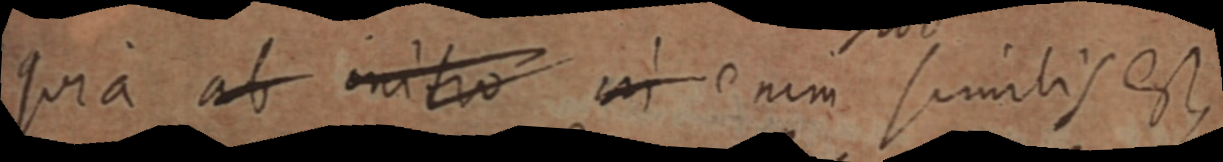
quia ab initio in enim similis est,